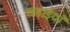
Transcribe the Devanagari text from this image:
लडा़ईयाँ